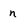
Character: n